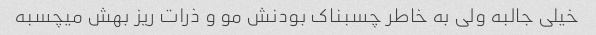
خیلی جالبه ولی به خاطر چسبناک بودنش مو و ذرات ریز بهش میچسبه